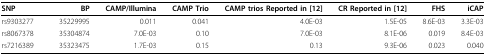
| SNP | BP | CAMP/Illumina | CAMP Trio | CAMP trios Reported in [12] | CR Reported in [12] | FHS | iCAP |
 | --- | --- | --- | --- | --- | --- | --- | --- |
 | rs9303277 | 35229995 | 0.011 | 0.041 | 4.0E-03 | 1.5E-05 | 8.6E-03 | 3.3E-03 |
 | rs8067378 | 35304874 | 7.0E-03 | 0.10 | 7.0E-03 | 8.1E-06 | 0.019 | 8.4E-03 |
 | rs7216389 | 35323475 | 1.7E-03 | 0.15 | 0.13 | 9.3E-06 | 0.023 | 0.040 |